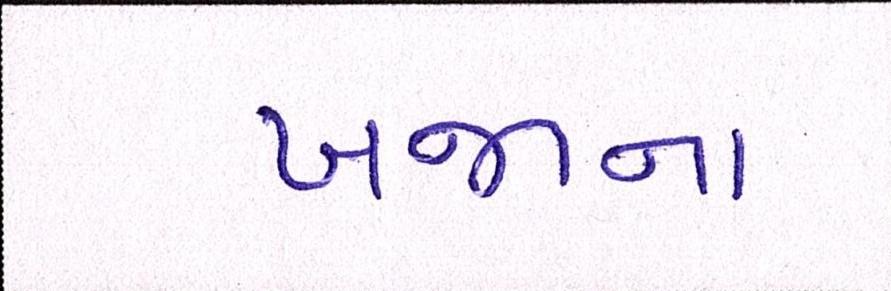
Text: ખજાના